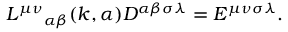
{ L ^ { \mu \nu } } _ { \alpha \beta } ( k , \alpha ) D ^ { \alpha \beta \sigma \lambda } = E ^ { \mu \nu \sigma \lambda } .